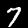
Label: 7